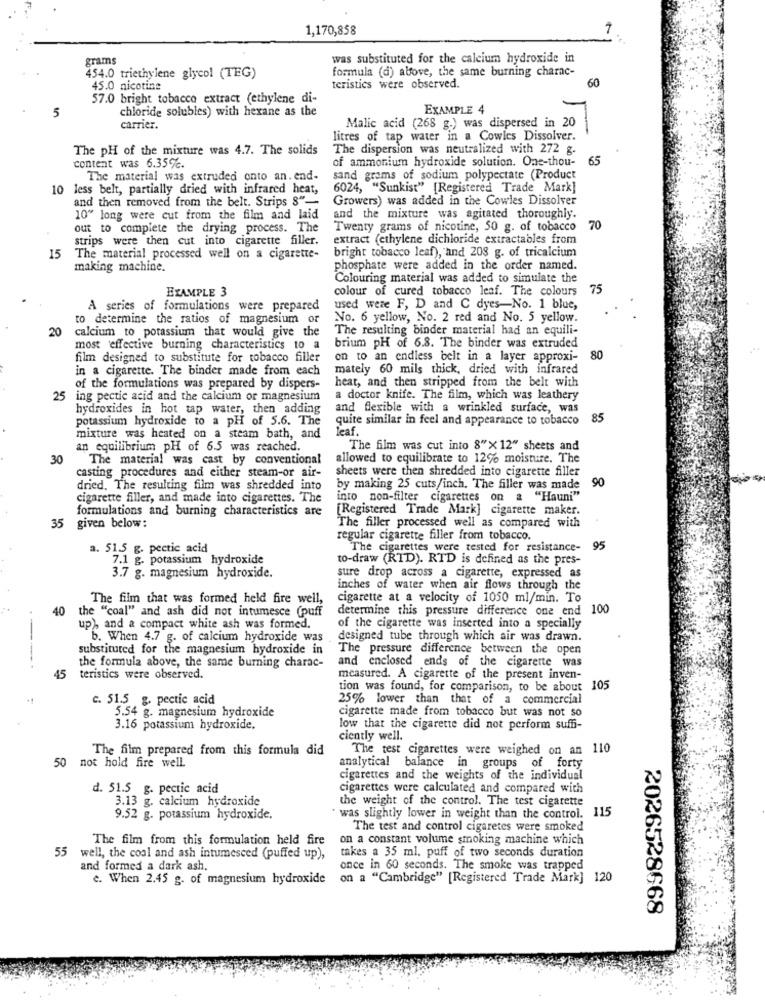
1,170,858
grams
was substituted for the calcium hydroxide in
formula (d) above, the same burning charac-
454.0 triethylene glycol (TEG)
60
45.0 nicotine
teristics were observed.
57.0 bright tobacco extract (ethylene di-
5
chloride solubles) with hexane as the
EXAMPLE 4
carrier.
Malic acid (268 g.) was dispersed in 20
litres of tap water in a Cowles Dissolver.
The pH of the mixture was 4.7. The solids
The dispersion was neutralized with 272 g.
of ammonium hydroxide solution. One-thou-
65
content was 6.35℃.
The material was extruded onto an. end-
sand grams of sodium polypectate (Product
10 less belt, partially dried with infrared heat,
6024, "Sunkist" [Registered Trade Mark]
and then removed from the belt. Strips S"-
Growers) was added in the Cowles Dissolver
10" long were cut from the film and laid
and the mixture was agitated thoroughly.
out to complete the drying process. The
Twenty grams of nicotine, 50 g. of tobacco
70
strips were then cut into cigarette filler.
extract (ethylene dichloride extractables from
bright tobacco leaf), and 208 g. of tricalcium
15
The material processed well on a cigarette-
making machine.
phosphate were added in the order named.
Colouring material was added to simulate the
colour of cured tobacco leaf. The colours
75
EXAMPLE 3
A series of formulations were prepared
used were F, D and C dyes-No. 1 blue,
to determine the ratios of magnesium or
No. 6 yellow, No. 2 red and No. 5 yellow.
20
calcium to potassium that would give the
The resulting binder material had an equili-
most effective burning characteristics to a
brium pH of 6.8. The binder was extruded
film designed to substitute for tobacco filler
on to an endless belt in a layer approxi-
80
in a cigarette. The binder made from each
mately 60 mils thick, dried with infrared
heat, and then stripped from the belt with
of the formulations was prepared by dispers-
25
ing pectic acid and the calcium or magnesium
a doctor knife. The film, which was leathery
hydroxides in hot tap water, then adding
and flexible with a wrinkled surface, was
potassium hydroxide to a pH of 5.6. The
quite similar in feel and appearance to tobacco
85
leaf.
mixture was heated on a steam bath, and
an equilibrium pH of 6.5 was reached.
The film was cut into 8"> 12" sheets and
30
The material was cast by conventional
allowed to equilibrate to 12% moisture. The
sheets were then shredded into cigarette filler
casting procedures and either steam-or air-
90
dried. The resulting film was shredded into
by making 25 cuts/inch. The filler was made
cigarette filler, and made into cigarettes. The
into non-filter cigarettes on a "Hauni"
formulations and burning characteristics are
[Registered Trade Mark] cigarette maker.
35 given below:
The filler processed well as compared with
regular cigarette filler from tobacco.
a. 51.5 g. pectic acid
The cigarettes were tested for resistance-
95
7.1 g. potassium hydroxide
to-draw (RTD). RTD is defined as the pres-
3.7 g. magnesium hydroxide.
sure drop across a cigarette, expressed as
inches of water when air flows through the
The film that was formed held fire well,
cigarette at a velocity of 1050 ml/min. To
40
the "coal" and ash did not intumesce (puff
determine this pressure difference one end 100
up), and a compact white ash was formed.
of the cigarette was inserted into a specially
b. When 4.7 g. of calcium hydroxide was
designed tube through which air was drawn.
substituted for the magnesium hydroxide in
The pressure difference between the open
the formula above, the same burning charac-
and enclosed ends of the cigarette was
45
teristics were observed.
measured. A cigarette of the present inven-
tion was found, for comparison, to be about 105
c. 51.5 g. pectic acid
25% lower than that of a commercial
5.54 g. magnesium hydroxide
cigarette made from tobacco but was not so
3.16 potassium hydroxide.
low that the cigarette did not perform suffi-
ciently well.
The film prepared from this formula did
The test cigarettes were weighed on an 110
50
not hold fire well.
analytical balance in groups of forty
cigarettes and the weights of the individual
d. 51.5 g. pectic acid
cigarettes were calculated and compared with
3.13 g. calcium hydroxide
the weight of the control. The test cigarette
9.52 g. potassium hydroxide.
was slightly lower in weight than the control. 115
The test and control cigaretes were smoked
The film from this formulation held fire
on a constant volume smoking machine which
55
takes a 35 ml. puff of two seconds duration
well, the coal and ash intumesced (puffed up),
and formed a dark ash.
once in 60 seconds. The smoke was trapped
e. When 2.45 g. of magnesium hydroxide
on a "Cambridge" [Registered Trade Mark] 120
2026528668